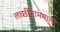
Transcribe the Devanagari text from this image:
लच्छीनाममाला